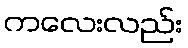
ကလေးလည်း